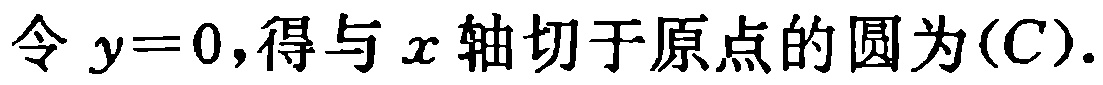
令 \(y = 0\),得与 \(x\) 轴切于原点的圆为\((C)\).